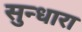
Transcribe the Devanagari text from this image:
सुन्धारा